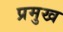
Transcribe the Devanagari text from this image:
प्रमुख्‍ा